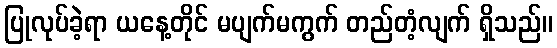
ပြုလုပ်ခဲ့ရာ ယနေ့တိုင် မပျက်မကွက် တည်တံ့လျက် ရှိသည်။